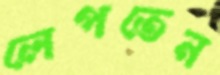
লেপতেন